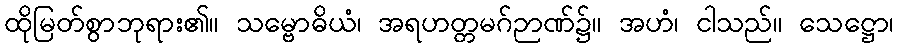
ထိုမြတ်စွာဘုရား၏။ သမ္ဗောဓိယံ၊ အရဟတ္တမဂ်ဉာဏ်၌။ အဟံ၊ ငါသည်။ သေဋ္ဌော၊